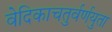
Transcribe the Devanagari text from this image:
वेदिकाचतुर्वर्णयुता